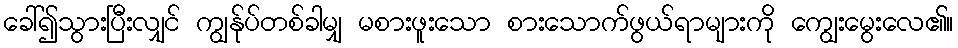
ခေါ်၍သွားပြီးလျှင် ကျွန်ုပ်တစ်ခါမျှ မစားဖူးသော စားသောက်ဖွယ်ရာများကို ကျွေးမွေးလေ၏။